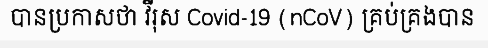
បានប្រកាសថា វីរុស Covid-19 (nCoV) គ្រប់គ្រងបាន